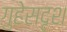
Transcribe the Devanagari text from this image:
गुहेसदृश